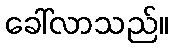
ခေါ်လာသည်။